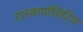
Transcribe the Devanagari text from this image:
टास्कपॉजिटिव